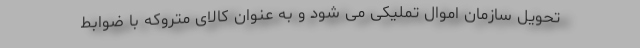
تحویل سازمان اموال تملیکی می شود و به عنوان کالای متروکه با ضوابط